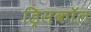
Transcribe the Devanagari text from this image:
ड्रिसकॉल